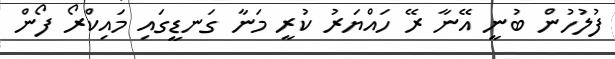
ފުލުހުން ބުނީ އޭނާ ރޭ ހައްޔަރު ކުރީ މަނާ ގަނޑީގައި މައިކްރޯ ފޯން